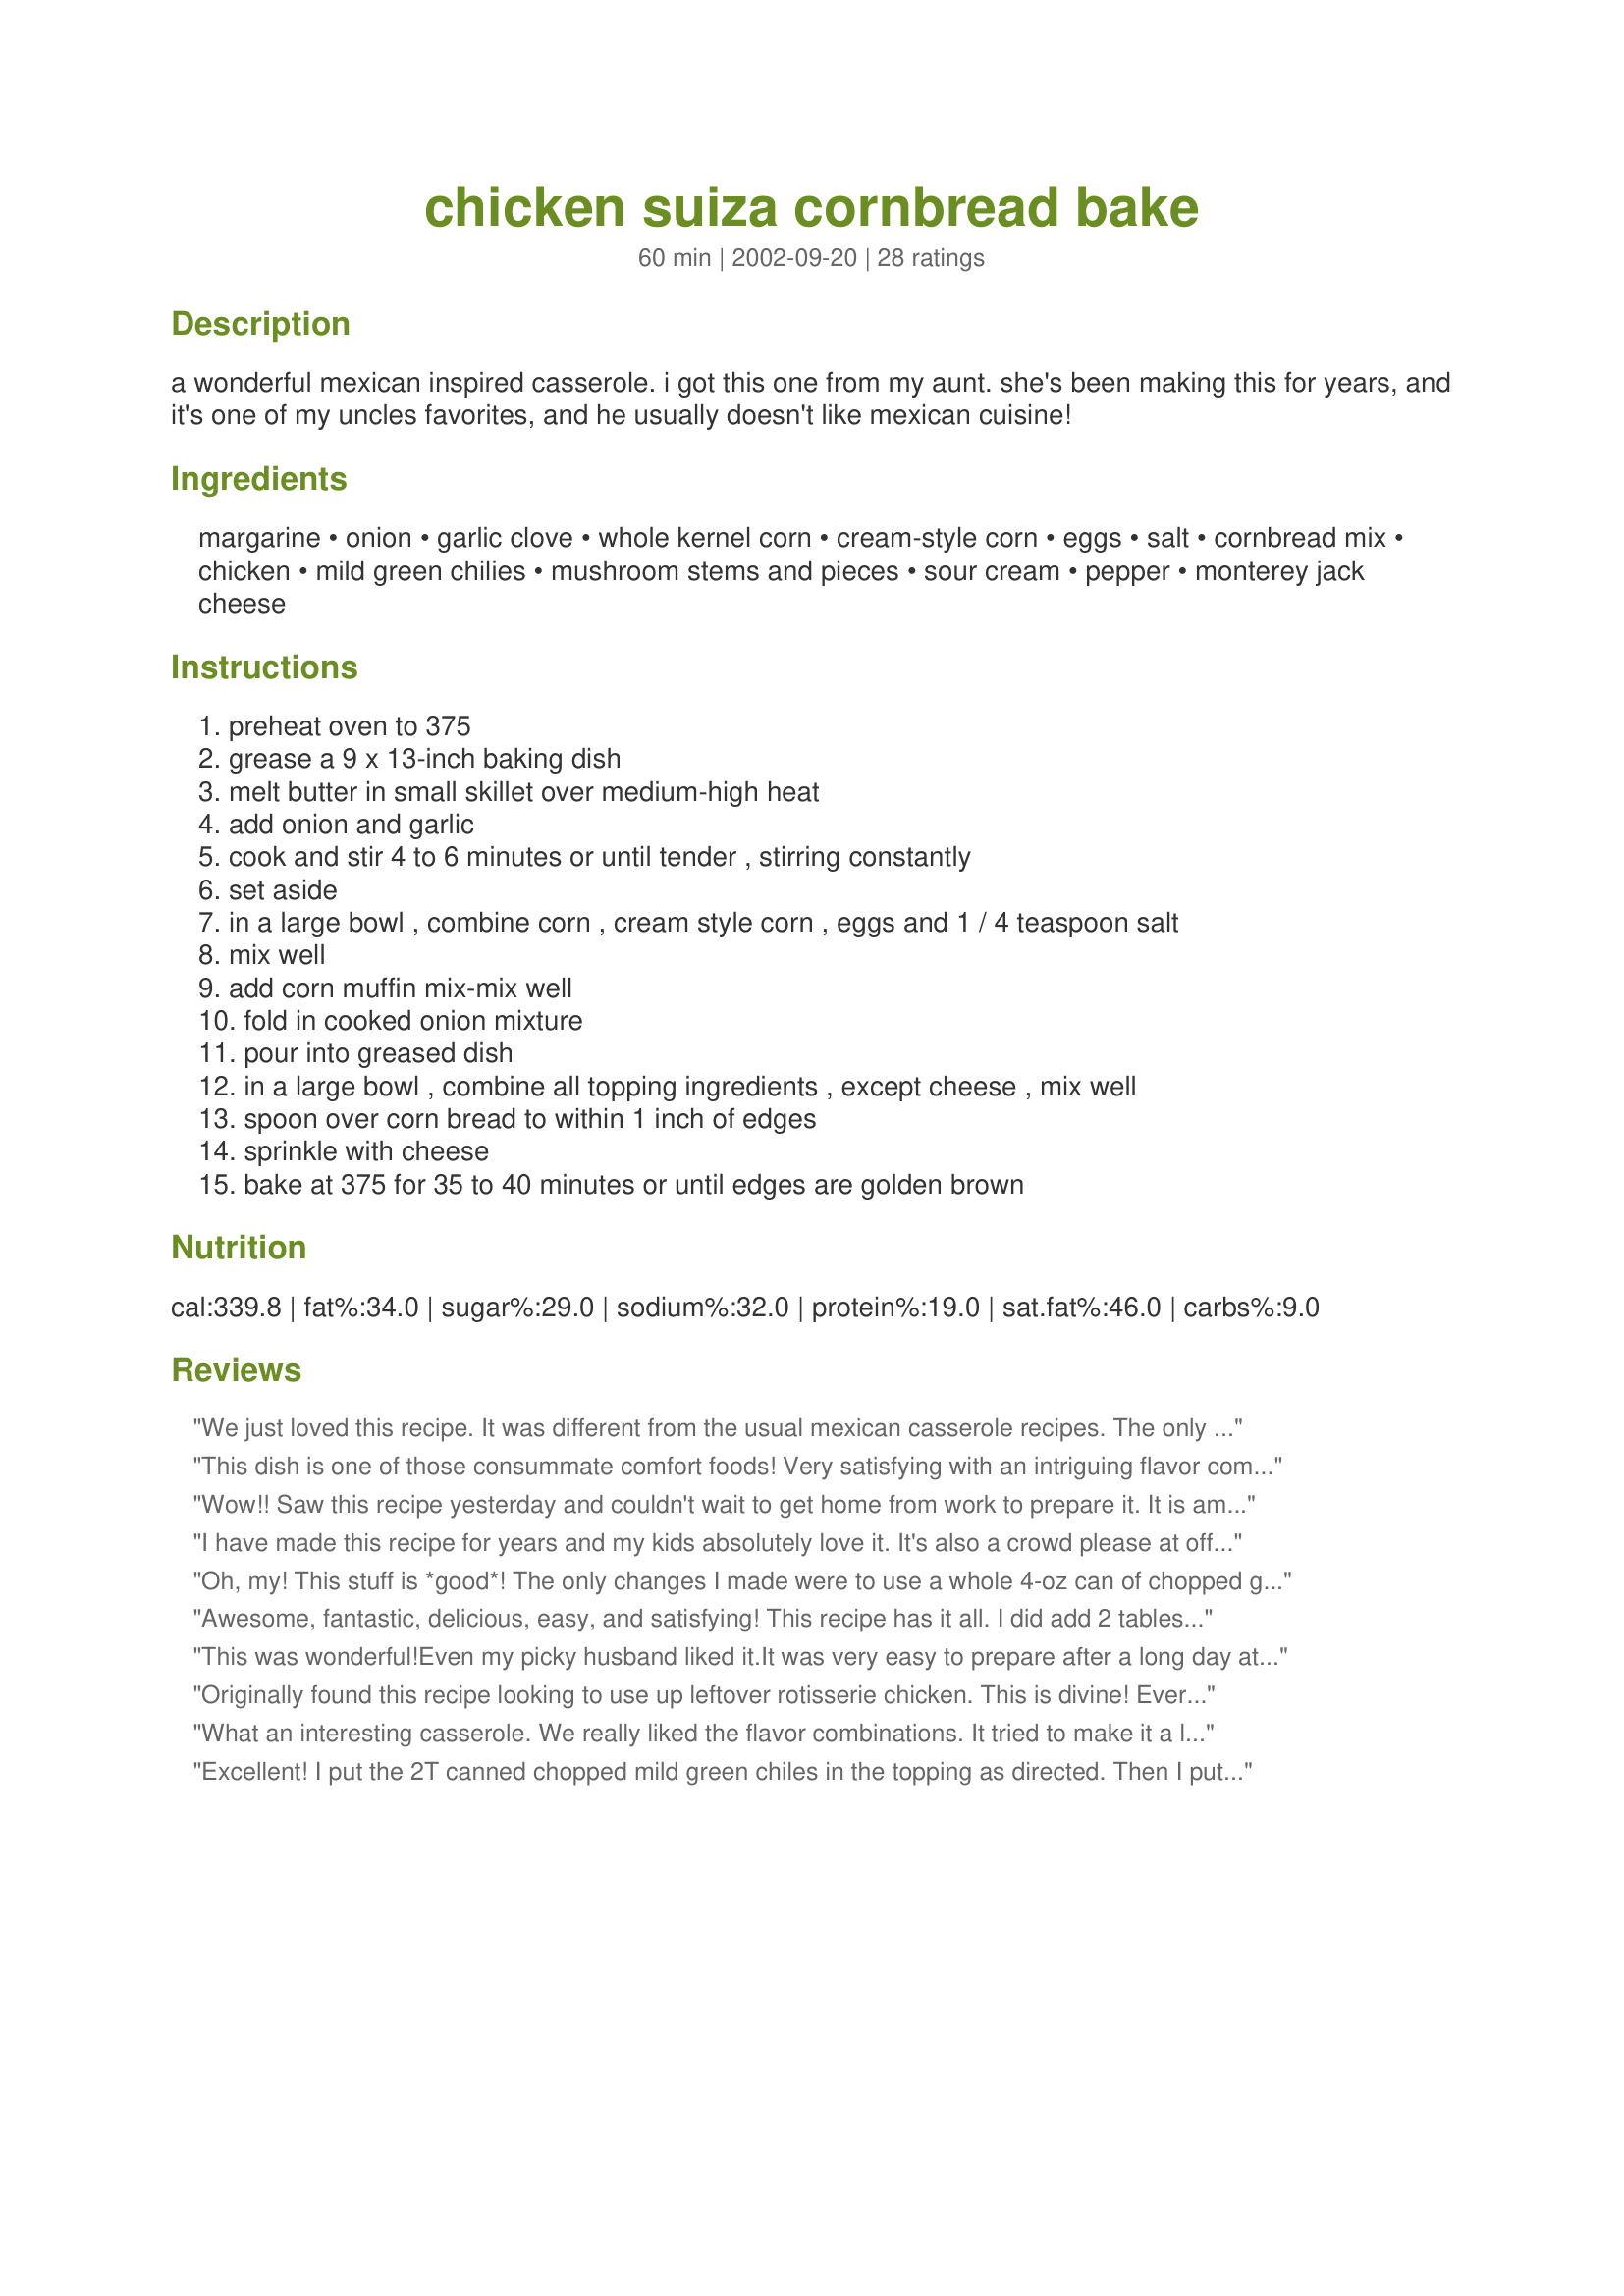
chicken suiza cornbread bake
Preparation time: 60 minutes

a wonderful mexican inspired casserole. i got this one from my aunt. she's been making this for years, and it's one of my uncles favorites, and he usually doesn't like mexican cuisine!

Ingredients:
margarine, onion, garlic clove, whole kernel corn, cream-style corn, eggs, salt, cornbread mix, chicken, mild green chilies, mushroom stems and pieces, sour cream, pepper, monterey jack cheese

Steps:
preheat oven to 375, grease a 9 x 13-inch baking dish, melt butter in small skillet over medium-high heat, add onion and garlic, cook and stir 4 to 6 minutes or until tender , stirring constantly, set aside, in a large bowl , combine corn , cream style corn , eggs and 1 / 4 teaspoon salt, mix well, add corn muffin mix-mix well, fold in cooked onion mixture, pour into greased dish, in a large bowl , combine all topping ingredients , except cheese , mix well, spoon over corn bread to within 1 inch of edges, sprinkle with cheese, bake at 375 for 35 to 40 minutes or until edges are golden brown

Reviews:
We just loved this recipe. It was different from the usual mexican casserole recipes. The only change I made was to use fresh mushrooms that I sauteed in bacon drippings instead of using canned mushroom pieces. Also, used the bacon drippings to cook onion and garlic in. Added the cut up pieces of bacon to the chicken and mushroom topping. This was a great tasting and different dish. Thanks for the recipe.
This dish is one of those consummate comfort foods! Very satisfying with an intriguing flavor combination ~ sweet cornbread topped with savory sour cream chicken mixture. I just love it, and even my chicken-hating husband likes it. He suggests I make the dish with diced ham and finely-chopped green bell pepper instead of chicken and green chiles. A great idea which I think will be just another delicious way of making this versatile and winning recipe!
Wow!! Saw this recipe yesterday and couldn't wait to get home from work to prepare it. It is amazing how the sweetness from the cornbread and the sourness of the sour cream work so well together. This recipe is definitely a KEEPER!!!
Darlene Ross
I have made this recipe for years and my kids absolutely love it. It's also a crowd please at office potlucks. Over the years I have only made one modification to it and that is to add the whole can of green chills into the topping instead of the recommended 2 tbls.
Oh, my! This stuff is *good*! The only changes I made were to use a whole 4-oz can of chopped green chilis rather than 2 Tbsps, used shredded chicken rather than chopped, and I left out the mushrooms just because I didn't have any. I loved it with a little green salsa drizzled over the top, and I served it with refried black beans and Spanish rice. Even though it was a very filling meal, no one could resist going back for seconds, ruining my hopes for leftovers! ;-) I'll definitely be making this again and again. Thank you for a delicious recipe.
Awesome, fantastic, delicious, easy, and satisfying! This recipe has it all. I did add 2 tablespoons of sugar to the cornbread mixture because we like sweeter cornbread, but that is strictly a personal taste thing and doesn't affect how truly GREAT this recipe is. Thanks Mark!
This was wonderful!Even my picky husband liked it.It was very easy to prepare after a long day at work.I had to substitute grated cheddar for the monterey jack.I served a simple green salad with this casserole.It was perfect!!!
Originally found this recipe looking to use up leftover rotisserie chicken. This is divine! Everyone who tastes it, wants more and requests the recipe. It was a hit at the office pot luck as well. I now buy a rotisserie chicken expressly for deboning it, dicing it up and freezing up 2.5 cup portions to have on hand to make this. And it's even better the next day after microwaving. The jack cheese is creamier. Do yourself a favor and try out this recipe as written & then make changes according to taste. You won't regret it.
What an interesting casserole. We really liked the flavor combinations. It tried to make it a little lighter by using only 2 T. of butter, fat free sour cream, and 1 cup of mozarella cheese on top and it was still very tasty.
Excellent! I put the 2T canned chopped mild green chiles in the topping as directed. Then I put the remainder of the can in the corn bread mixture. Next time, I'll plan to have chicken for dinner one night planning for leftovers for this dish the next. For tonight, though, it took practically no time at all to broil a couple breasts and thighs to 'just barely done' in preparation for this. Although not as cheesy as I had imagined, this dish is very hearty and satisfying. You'll probably want any side dishes to be 'light'.
Make sure to bake until firm. I bake 35 minutes, looked done, but the extra 10 minutes made a difference. It is Yummy! My hubby doesn&#039;t usually like casseroles, but he did this one. It&#039;s pretty easy, great for left-over chicken, and great comfort food. If you like cornbread, you will love this. Not too spicy, but flavorful, so it would be good to take to a potluck.
Great recipe, I used non sweet conrbread mix and thought it was great. Next time I'll use the whole can of chopped green chiles and may throw in some chopped jalapenos. I used a mexican blend of cheeses which had monterey jack in it. I didn't have mushrooms so I threw in chopped black olives instead. It was easy to make and if you use less butter and fat free sour cream I don't think you would be able to tell the difference. I don't think the recipe would be enough for 12 servings, it's too good and everyone will want seconds.
Great flavor! This makes into a pretty golden dish. I used 1 cup of sour cream and a box of Jiffy Corn Muffin mix, because that is what I had on hand. I use a GE Contact Grill for chicken and burgers. Ready in 7 mins. or less. Thanks for your post! Peggy
I thought this dish was very tasty, but next time I will use less sour cream, maybe 1/2 of what the recipe calls for. In my opinion, the sour cream overpowers the chicken and cornbread flavors. Besides this, my
Husband LOVED it!
I first wanted to say thank you for sharing this fun and easy recipe. This recipe was great. It was easy and I almost always have these things on hand to make this. My husband loves cornbread so this is another reason that it works so well. Anyone can make this and be successful. It reheats best in oven, in my opinion as it give a crispy edge but if you microwave the dish, it will have a more softer, creamier texture. I will make this again. It is flavorful but I might add more green chiles and onion as I really like intense seasoning but this is just my preference. I served this with a simple green salad and a mixed vegetable medley.
I really liked the recipe, Mark. It makes a great meal. My family ate it all up.
I'm new to recipezaar, and this was the first recipe I tried. I loved the smell of the garlic and onion cooking. I added half a can of cream of chicken soup and a whole 4-ounce can of green chili to the topping, but left out the mushrooms because we don't like them. It tasted like a cross between chicken enchilladas and green corn tamales. There are only four of us, but there was only one serving left (which my son micrwaved the next day and wished there had been two servings left). It was so good that I made it again the next week. My friend was there while I was making it and copied the recipe. She made it the following night and her family of five ate it all. After dinner she found her husband in the kitchen scraping out and eating the crumbs from the baking dish. When caught he said, "Next time double the recipe." I'll mke this often.
We really enjoyed this. I used homemade cornbread mix, and left out the chillies. Big thumbs from the kids too...:)
I really enjoyed this, as did my 3 year old son. My 6 year old and my husband did not...so we had mixed reviews around here. I thought it was super easy to make and very tasty. DH thought it bland. Thanks for posting, though.
Wow! This is my original recipe from the 1994 Pillsbury Bake-off. I had no idea so many people enjoyed this recipe. It's great to see all of the neat changes people try to make it their own. Thanks for sharing it on this website. It used to be on the Pillsbury site and then after a while it disappeared. Now I see they put it in the Best of the Bake-Off Casseroles book in 2010. Don't be afraid to try to enter the Bake-Off. You never know!<br/>Lori N.
Darn it! I over cooked it by 30 minutes. But, it was still great. The top was crispy and chewy but it was pure comfort food. I do recommend the whole can of green chilies, for sure. It needs that extra bit of flavor.
my fiances fav meal ever.i always have to double mine so we have it for 2 days and for lunch also.i use krust-ez honey cornbread mix, and i buy the dried onions in the bottle from the spice section..i also use mexican corn instead of whole kernal corn...i switch up the cheeses all the time for different tastes. but that krust-ez is the best!
I first got this recipe off the Pillsbury website, but lost it and couldn't find the recipe on Pillsbury again. Thank heavens for Recipezaar! This is one of my husband's favorite chicken dishes.
This was really tasty, but I really had issues getting it cooked thoroughly in the middle, It may because I did not want to use a 1/2 cup of butter, so used 1/4 cup and then added a couple splashes buttermilk instead. I used a whole can of green chilies in the filling, Seems like it may turn out better if the chicken was put in the bottom of the casserole with the cornbread poured over it. I will try this again soon with a few revisions. Good recipe.
Made this for the third time tonight and it just keeps getting better.

I veganized this by making the following substitutions: flaxseed+water (eggs), "chicken" flavored seitan (chicken), tofutti sour cream (sour cream), follow your heart monterey jack vegan cheese (cheese).

I totally spaced on getting canned cream corn so I just made some from frozen corn using DiB's "creamed corn" recipe here from here on Recipezaar. I also didn't have any mushrooms and my wife doesn't like them so I left them out. I took some other commenters' advice and used a whole can of green chiles which really adds to the depth of flavor.

Great recipe though. I'm sure it will be come a regular in our house :)
We love this recipe, but we are also watching our carbs. So I used a low-carb cornbread mix and skipped the can of whole kernel corn. No one noticed the difference!
Really good. I have made it several times. I've made the whole casserole and halved it as well. The only change I make is I use a couple of tablespoons of pace salsa instead of the chilies. I think that cooking the onions before they go in the cornbread makes a big difference. If you leave out the mushrooms it shouldn't make a big difference. It reheats very well. Thanks so much for the recipe.
This is great!
